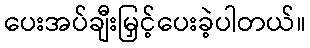
ပေးအပ်ချီးမြှင့်ပေးခဲ့ပါတယ်။